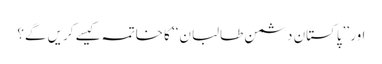
اور ’’پاکستان دشمن طالبان‘‘ کا خاتمہ کیسے کریں گے؟